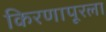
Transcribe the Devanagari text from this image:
किरणापूरला